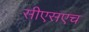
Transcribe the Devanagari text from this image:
सीएसएच